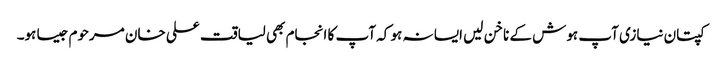
کپتان نیازی آپ ہوش کے ناخن لیں ایسا نہ ہو کہ آپ کا انجام بھی لیاقت علی خان مرحوم جیسا ہو۔